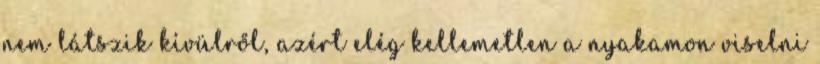
nem látszik kívülről, azért elég kellemetlen a nyakamon viselni